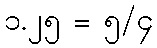
၁.၂၅ = ၅/၄